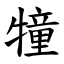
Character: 犝